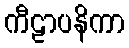
ကီဠာပနိကာ